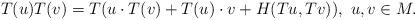
LaTeX: \begin{align*}T(u) T(v) = T(u \cdot T(v) + T(u) \cdot v + H (Tu, Tv)),~ u, v \in M.\end{align*}